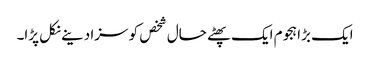
ایک بڑا ہجوم ایک پھٹے حال شخص کو سزا دینے نکل پڑا۔